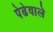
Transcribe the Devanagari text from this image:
पेढेवाले